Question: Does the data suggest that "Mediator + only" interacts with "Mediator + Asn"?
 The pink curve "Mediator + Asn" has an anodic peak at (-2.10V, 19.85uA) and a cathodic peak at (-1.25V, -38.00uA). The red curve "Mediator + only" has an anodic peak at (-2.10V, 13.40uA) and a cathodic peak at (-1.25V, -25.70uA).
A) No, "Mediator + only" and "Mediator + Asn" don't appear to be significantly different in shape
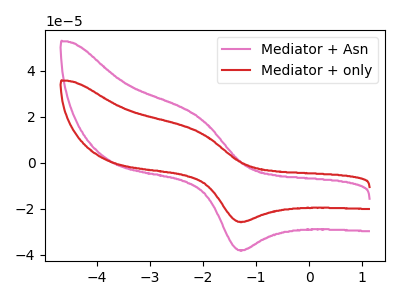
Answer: <think>All the peaks in "Mediator + only" have a peak in "Mediator + Asn" at the same potential. Every peak in "Mediator + only" is lower than every peak in "Mediator + Asn".
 </think>
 <answer>A) No, "Mediator + only" and "Mediator + Asn" don't appear to be significantly different in shape</answer>
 <eval>A</eval>